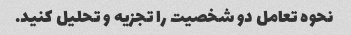
نحوه تعامل دو شخصیت را تجزیه و تحلیل کنید.